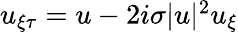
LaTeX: \begin{array}{r}{u_{\xi\tau}=u-2i\sigma|u|^{2}u_{\xi}}\end{array}